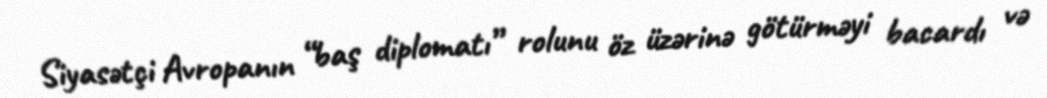
Siyasətçi Avropanın “baş diplomatı” rolunu öz üzərinə götürməyi bacardı və